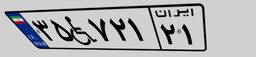
۳۵W۷۲۱۲۱